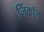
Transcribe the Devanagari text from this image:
लिंकॉन